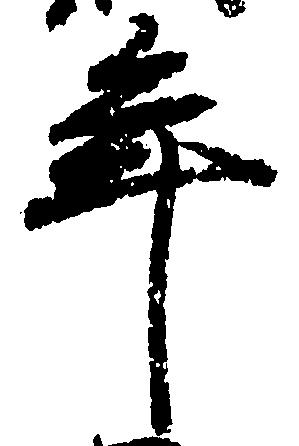
年